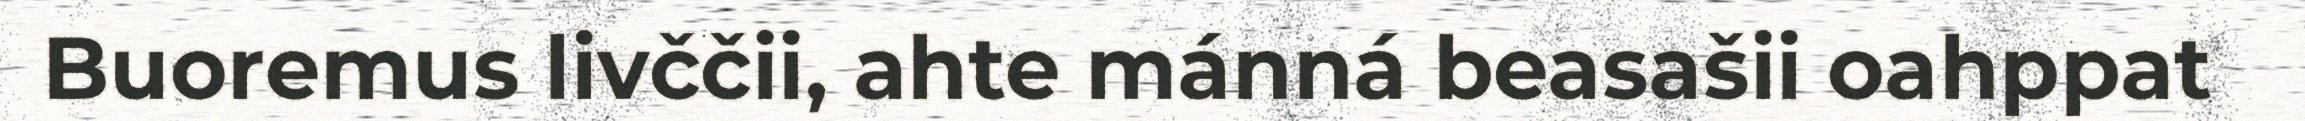
Buoremus livččii, ahte mánná beasašii oahppat